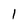
Character: 1